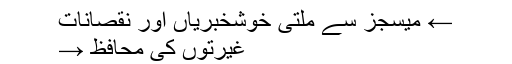
← میسجز سے ملتی خوشخبریاں اور نقصانات
غیرتوں کی محافظ →